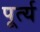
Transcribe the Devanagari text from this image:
पूर्त्य